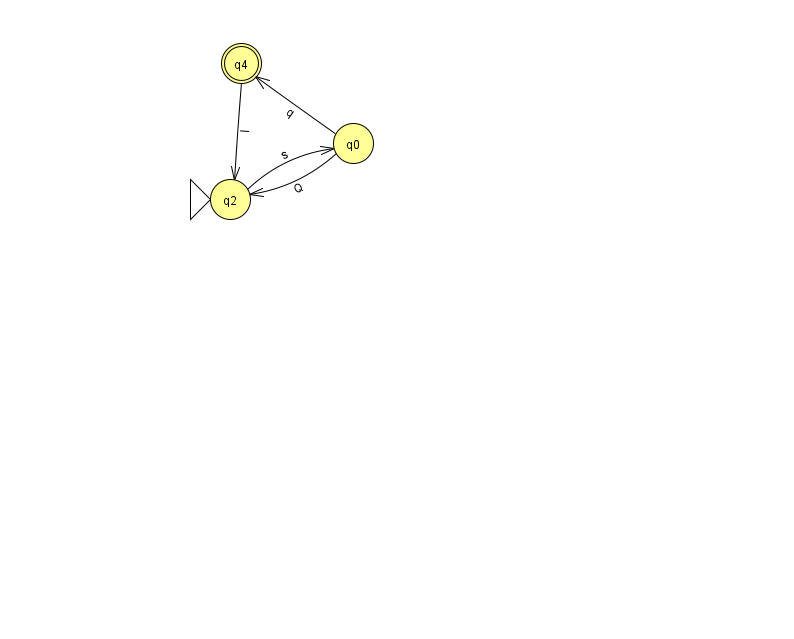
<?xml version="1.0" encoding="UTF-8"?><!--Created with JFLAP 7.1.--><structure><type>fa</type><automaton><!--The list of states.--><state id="0" name="q0"><x>353.0</x><y>130.0</y></state><state id="2" name="q2"><x>230.0</x><y>186.0</y><initial/></state><state id="4" name="q4"><x>241.0</x><y>50.0</y><final/></state><!--The list of transitions.--><transition><from>4</from><to>2</to><read>l</read></transition><transition><from>0</from><to>4</to><read>q</read></transition><transition><from>2</from><to>0</to><read>s</read></transition><transition><from>0</from><to>2</to><read>Q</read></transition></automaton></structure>